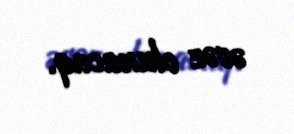
əvəz olunacaq.